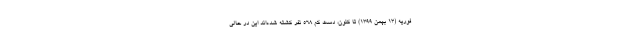
فوریه (۱۳ بهمن ۱۳۹۹) تا کنون، دست کم ۵۶۸ نفر کشته شده‌اند این در حالی